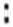
: